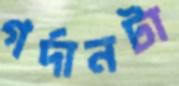
গর্দানটা